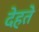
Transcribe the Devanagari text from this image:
देहते